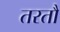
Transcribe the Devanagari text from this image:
तरतौ